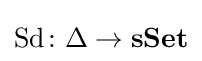
\operatorname {Sd} \colon \Delta \rightarrow \mathbf {sSet}